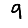
Digit: 9